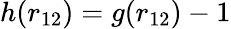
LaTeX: h(r_{12})=g(r_{12})-1